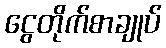
ငွေတိုက်စာချုပ်